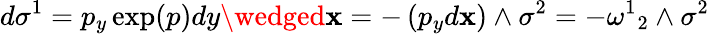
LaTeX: d\sigma^{1}=p_{y}\exp(p)dy\wedged\mathbf{x}=-\left(p_{y}d\mathbf{x}\right)\wedge\sigma^{2}=-{\omega^{1}}_{2}\wedge\sigma^{2}